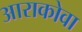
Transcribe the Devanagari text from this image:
आराकोवा